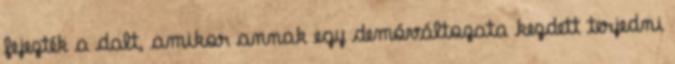
fejezték a dalt, amikor annak egy demóváltozata kezdett terjedni